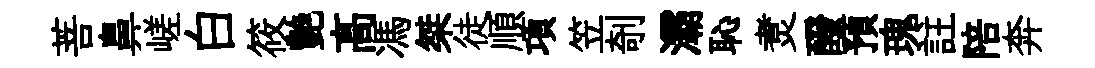
菩鼻嵯白筱艶髙馮桀徒順項笠剞灞恥煑醱預瑰註陪奔